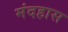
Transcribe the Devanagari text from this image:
मंदहास